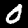
Label: 0